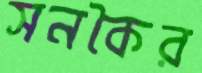
সনকৈর